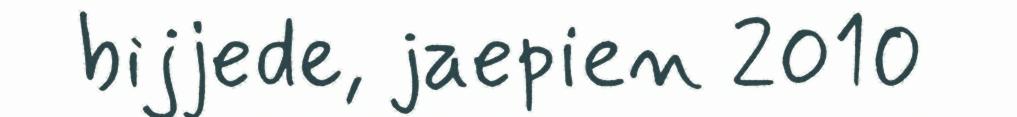
bijjede, jaepien 2010